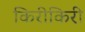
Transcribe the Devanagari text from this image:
किरीकिरी